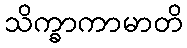
သိက္ခာကာမာတိ